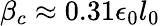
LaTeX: \beta_{c}\approx 0.31\epsilon_{0}l_{0}